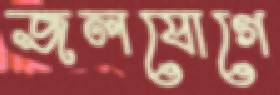
জলযোগে